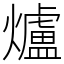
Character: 爐